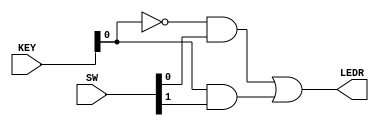
module PS2_ZAD3(
     input [1:0] SW,
     input [1:0] KEY,
     output [1:0] LEDR);
        assign LEDR = (~KEY[0] & SW[0]) | (KEY[0] & SW[1]);
endmodule